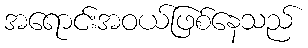
အရောင်းအဝယ်ဖြစ်နေသည်